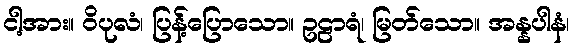
ငါ့အား။ ဝိပုလံ၊ ပြန့်ပြောသော။ ဥဠာရံ၊ မြတ်သော။ အန္နပါနံ၊